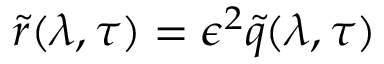
\tilde { r } ( \lambda , \tau ) = \epsilon ^ { 2 } \tilde { q } ( \lambda , \tau )